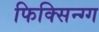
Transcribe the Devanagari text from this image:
फिक्सिन्ग्ग